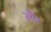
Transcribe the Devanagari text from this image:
औॅर